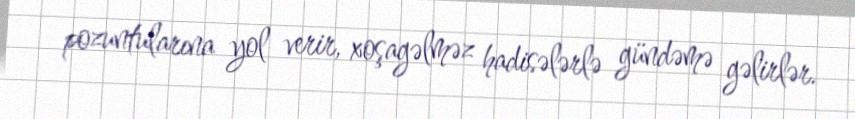
pozuntularına yol verir, xoşagəlməz hadisələrlə gündəmə gəlirlər.